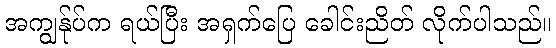
အကျွန်ုပ်က ရယ်ပြီး အရှက်ပြေ ခေါင်းညိတ် လိုက်ပါသည်။